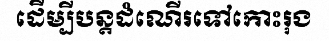
ដើម្បីបន្តដំណើរទៅកោះរុង